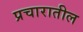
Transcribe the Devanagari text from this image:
प्रचारातील